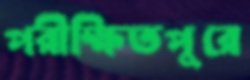
পরীক্ষিতপুরে